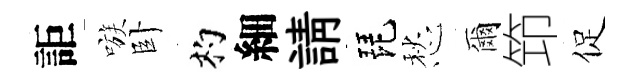
詎嗾卧杓細請琵愁爾笻促